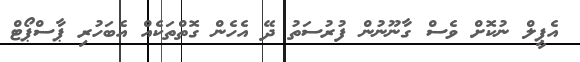
އެޕީލް ނުކޮށް ވެސް ގާނޫނުން ފުރުސަތު ދޭ އެހެން ގޮތްތަކެއް އެބަހުރި ޕާސްޕޯޓް